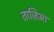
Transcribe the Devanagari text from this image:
ताज़िआ